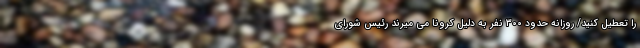
را تعطیل کنید/ روزانه حدود 300 نفر به دلیل کرونا می میرند رئیس شورای